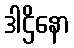
ဒါဌိနော